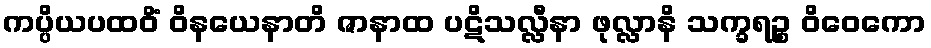
ကပ္ပိယပထဝိံ ဝိနယေနာတိ ဇာနာထ ပဋိသလ္လီနာ ဖုလ္လာနိ သက္ခရဉ္စ ဝိဝေကော